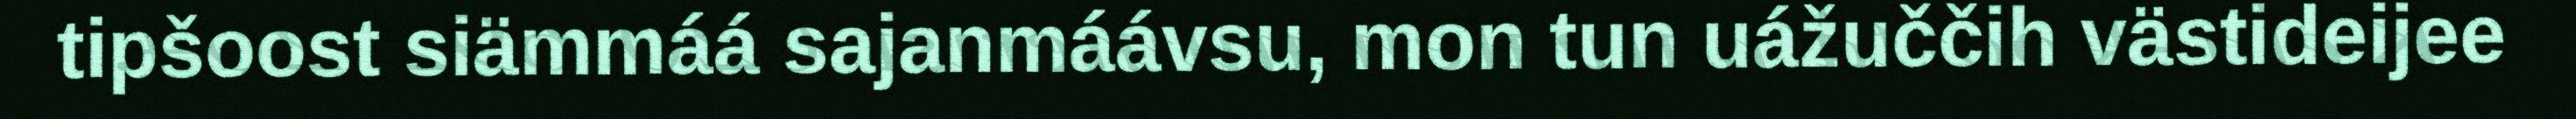
tipšoost siämmáá sajanmáávsu, mon tun uážuččih västideijee